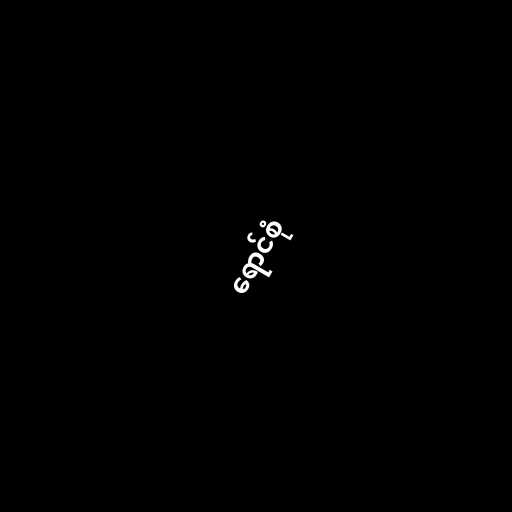
ရောင်စုံ